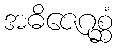
အဓိဇေဂုစ္ဆံ